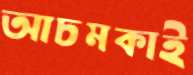
আচমকাই